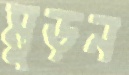
মুড়ন